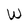
Character: W